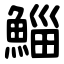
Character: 鯔